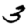
Digit: 3